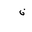
Letter: _non